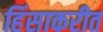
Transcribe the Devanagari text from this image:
हिंसाकरीत